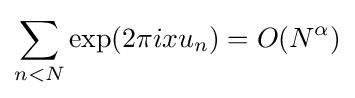
\sum _{n<N}\exp(2\pi ixu_{n})=O(N^{\alpha })